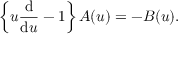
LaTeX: \left\{ u \frac { \mathrm { d } } { \mathrm { d } u } - 1 \right\} A ( u ) = - B ( u ) .